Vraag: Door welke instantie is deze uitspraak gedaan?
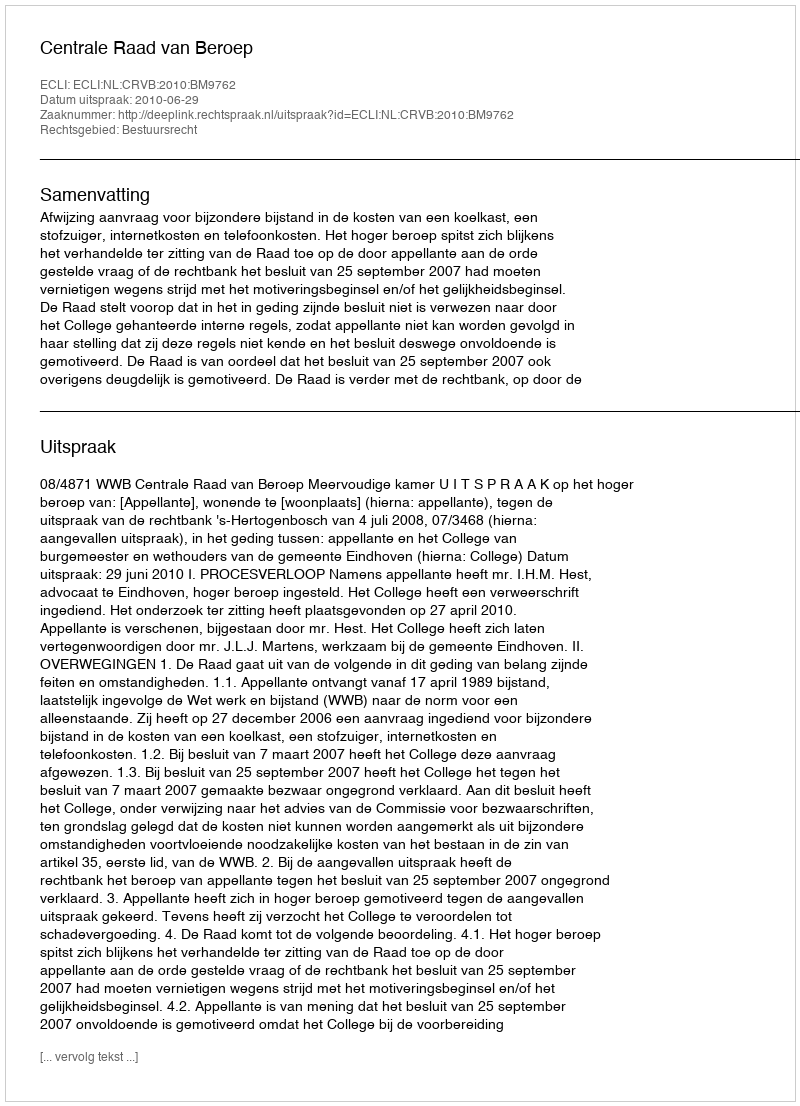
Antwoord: Centrale Raad van Beroep